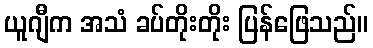
ယူဂျီက အသံ ခပ်တိုးတိုး ပြန်ဖြေသည်။